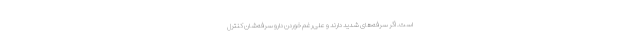
است. اگر سرفه‌های شدید دارند و علی‌رغم خوردن دارو سرفه‌شان کنترل